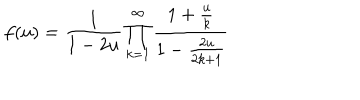
f ( u ) = \frac { 1 } { 1 - 2 u } \prod _ { k = 1 } ^ { \infty } \frac { 1 + \frac { u } { k } } { 1 - \frac { 2 u } { 2 k + 1 } }